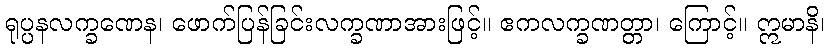
ရုပ္ပနလက္ခဏေန၊ ဖောက်ပြန်ခြင်းလက္ခဏာအားဖြင့်။ ဧကလက္ခဏတ္တာ၊ ကြောင့်။ ဣမာနိ၊